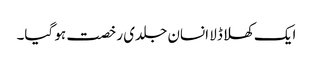
ایک کھلا ڈلا انسان جلدی رخصت ہو گیا۔